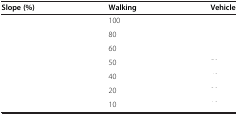
<table><thead><tr><td><b>Slope (%)</b></td><td><b>Walking</b></td><td><b>Vehicle</b></td></tr></thead><tbody><tr><td>[EMPTY_CELL]</td><td>100</td><td>[EMPTY_CELL]</td></tr><tr><td>[EMPTY_CELL]</td><td>80</td><td>[EMPTY_CELL]</td></tr><tr><td>[EMPTY_CELL]</td><td>60</td><td>[EMPTY_CELL]</td></tr><tr><td>[EMPTY_CELL]</td><td>50</td><td>[EMPTY_CELL]</td></tr><tr><td>[EMPTY_CELL]</td><td>40</td><td>[EMPTY_CELL]</td></tr><tr><td>[EMPTY_CELL]</td><td>20</td><td>[EMPTY_CELL]</td></tr><tr><td>[EMPTY_CELL]</td><td>10</td><td>[EMPTY_CELL]</td></tr></tbody></table>